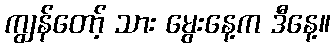
ကျွန်တော့် သား မွေးနေ့က ဒီနေ့။